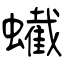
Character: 蠘